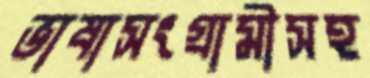
ভাষাসংগ্রামীসহ